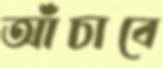
আঁচাবে